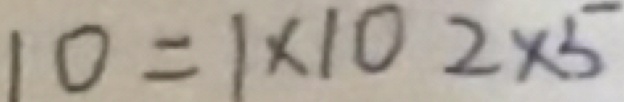
1 0 = 1 \times 1 0 2 \times 5